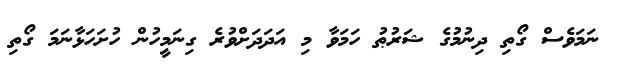
ނަމަވެސް ގޯތި ދިނުމުގެ ޝަރުޠު ހަމަވާ މި އަދަދަށްވުރެ ގިނަމީހުން ހުށަހަޅާނަމަ ގޯތި